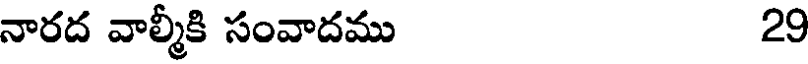
నారద వాల్మీకి సంవాదము 29